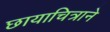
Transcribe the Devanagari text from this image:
छायाचित्राने